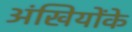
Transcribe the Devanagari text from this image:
अंखियोंके